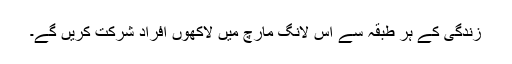
زندگی کے ہر طبقہ سے اس لانگ مارچ میں لاکھوں افراد شرکت کریں گے۔